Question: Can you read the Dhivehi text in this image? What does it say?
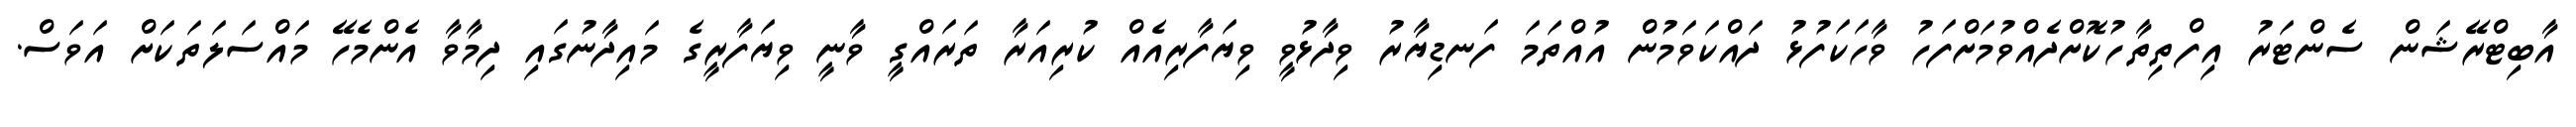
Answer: އާބިޓްރޭޝަން ސެންޓަރު އިފްތިތާހުކޮށްދެއްވުމަށްފަހު ވާހަކަފުޅު ދައްކަވަމުން އުއްތަމަ ފަނޑިޔާރު ވިދާޅުވީ ވިޔަފާރިއެއް ކުރިއަރާ ތަރައްގީ ވާނީ ވިޔަފާރީގެ މައިދާނުގައި ދިމާވާ އެންމެހޭ މައްސަލަތަކަށް އަވަސް.